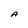
Character: A